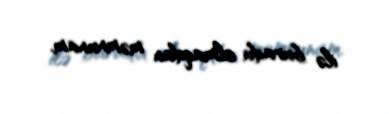
ilə burada olmaqdan məmnunam.